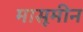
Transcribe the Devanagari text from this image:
मासूमीन